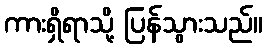
ကားရှိရာသို့ ပြန်သွားသည်။